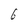
Character: 6